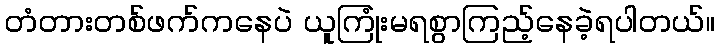
တံတားတစ်ဖက်ကနေပဲ ယူကြုံးမရစွာကြည့်နေခဲ့ရပါတယ်။